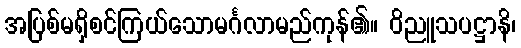
အပြစ်မရှိစင်ကြယ်သောမင်္ဂလာမည်ကုန်၏။ ဝိညူသပဋ္ဌာနိ၊